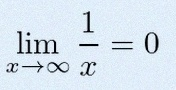
\lim_{x\to\infty}\frac{1}{x}=0